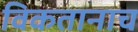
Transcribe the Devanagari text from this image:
विकतानाच